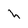
Character: h